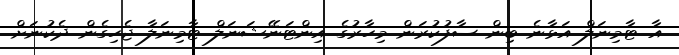
އާ ޓާމިނަލް އަޅާނެ ބިން ސާފުކުރަން މިހާރުގެ އިންޓަނޭޝަނަލް ޓާމިނަލާ ޖެހިގެން ދެކުނަށް